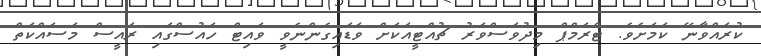
ކުރައްވާނޭ ކަމަށެވެ. ޓްރަމްޕް މިދުވަސްވަރު ޗުއްޓީއަކަށް ވަޑައިގެންނެވީ ވައިޓް ހައުސްގައި ރައީސް މަސައްކަތް